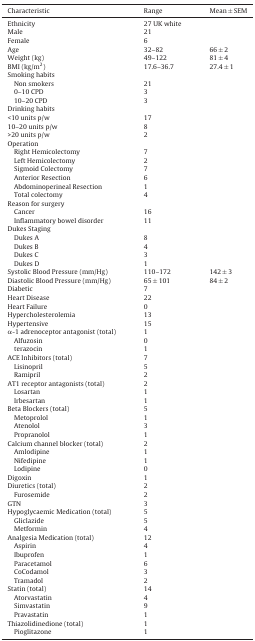
<table><thead><tr><td><b>Characteristic</b></td><td><b>Range</b></td><td><b>Mean ± SEM</b></td></tr></thead><tbody><tr><td>Ethnicity</td><td>27 UK white</td><td></td></tr><tr><td>Male</td><td>21</td><td></td></tr><tr><td>Female</td><td>6</td><td></td></tr><tr><td>Age</td><td>32–82</td><td>66 ± 2</td></tr><tr><td>Weight (kg)</td><td>49–122</td><td>81 ± 4</td></tr><tr><td>BMI (kg/m<sup>2</sup>)</td><td>17.6–36.7</td><td>27.4 ± 1</td></tr><tr><td colspan="3">Smoking habits</td></tr><tr><td> Non smokers</td><td>21</td><td></td></tr><tr><td> 0–10 CPD</td><td>3</td><td></td></tr><tr><td> 10–20 CPD</td><td>3</td><td></td></tr><tr><td colspan="3">Drinking habits</td></tr><tr><td>&lt;10 units p/w</td><td>17</td><td></td></tr><tr><td>10–20 units p/w</td><td>8</td><td></td></tr><tr><td>&gt;20 units p/w</td><td>2</td><td></td></tr><tr><td colspan="3">Operation</td></tr><tr><td> Right Hemicolectomy</td><td>7</td><td></td></tr><tr><td> Left Hemicolectomy</td><td>2</td><td></td></tr><tr><td> Sigmoid Colectomy</td><td>7</td><td></td></tr><tr><td> Anterior Resection</td><td>6</td><td></td></tr><tr><td> Abdominoperineal Resection</td><td>1</td><td></td></tr><tr><td> Total colectomy</td><td>4</td><td></td></tr><tr><td colspan="3">Reason for surgery</td></tr><tr><td> Cancer</td><td>16</td><td></td></tr><tr><td> Inflammatory bowel disorder</td><td>11</td><td></td></tr><tr><td colspan="3">Dukes Staging</td></tr><tr><td> Dukes A</td><td>8</td><td></td></tr><tr><td> Dukes B</td><td>4</td><td></td></tr><tr><td> Dukes C</td><td>3</td><td></td></tr><tr><td> Dukes D</td><td>1</td><td></td></tr><tr><td>Systolic Blood Pressure (mm/Hg)</td><td>110–172</td><td>142 ± 3</td></tr><tr><td>Diastolic Blood Pressure (mm/Hg)</td><td>65 ± 101</td><td>84 ± 2</td></tr><tr><td>Diabetic</td><td>7</td><td></td></tr><tr><td>Heart Disease</td><td>22</td><td></td></tr><tr><td>Heart Failure</td><td>0</td><td></td></tr><tr><td>Hypercholesterolemia</td><td>13</td><td></td></tr><tr><td>Hypertensive</td><td>15</td><td></td></tr><tr><td>α-1 adrenoceptor antagonist (total)</td><td>1</td><td></td></tr><tr><td> Alfuzosin</td><td>0</td><td></td></tr><tr><td> terazocin</td><td>1</td><td></td></tr><tr><td>ACE Inhibitors (total)</td><td>7</td><td></td></tr><tr><td> Lisinopril</td><td>5</td><td></td></tr><tr><td> Ramipril</td><td>2</td><td></td></tr><tr><td>AT1 receptor antagonists (total)</td><td>2</td><td></td></tr><tr><td> Losartan</td><td>1</td><td></td></tr><tr><td> Irbesartan</td><td>1</td><td></td></tr><tr><td>Beta Blockers (total)</td><td>5</td><td></td></tr><tr><td> Metoprolol</td><td>1</td><td></td></tr><tr><td> Atenolol</td><td>3</td><td></td></tr><tr><td> Propranolol</td><td>1</td><td></td></tr><tr><td>Calcium channel blocker (total)</td><td>2</td><td></td></tr><tr><td> Amlodipine</td><td>1</td><td></td></tr><tr><td> Nifedipine</td><td>1</td><td></td></tr><tr><td> Lodipine</td><td>0</td><td></td></tr><tr><td>Digoxin</td><td>1</td><td></td></tr><tr><td>Diuretics (total)</td><td>2</td><td></td></tr><tr><td> Furosemide</td><td>2</td><td></td></tr><tr><td>GTN</td><td>3</td><td></td></tr><tr><td>Hypoglycaemic Medication (total)</td><td>5</td><td></td></tr><tr><td> Gliclazide</td><td>5</td><td></td></tr><tr><td> Metformin</td><td>4</td><td></td></tr><tr><td>Analgesia Medication (total)</td><td>12</td><td></td></tr><tr><td> Aspirin</td><td>4</td><td></td></tr><tr><td> Ibuprofen</td><td>1</td><td></td></tr><tr><td> Paracetamol</td><td>6</td><td></td></tr><tr><td> CoCodamol</td><td>3</td><td></td></tr><tr><td> Tramadol</td><td>2</td><td></td></tr><tr><td>Statin (total)</td><td>14</td><td></td></tr><tr><td> Atorvastatin</td><td>4</td><td></td></tr><tr><td> Simvastatin</td><td>9</td><td></td></tr><tr><td> Pravastatin</td><td>1</td><td></td></tr><tr><td>Thiazolidinedione (total)</td><td>1</td><td></td></tr><tr><td> Pioglitazone</td><td>1</td><td></td></tr></tbody></table>